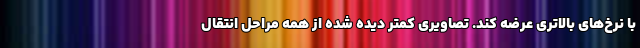
با نرخ‌های بالاتری عرضه کند. تصاویری کمتر دیده شده از همه مراحل انتقال